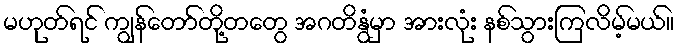
မဟုတ်ရင် ကျွန်တော်တို့တတွေ အဂတိနွံမှာ အားလုံး နစ်သွားကြလိမ့်မယ်။